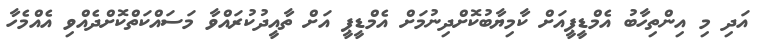
އަދި މި އިންތިހާބު އެމްޑީޕީއަށް ކާމިޔާބުކޮށްދިނުމަށް އެމްޑީޕީ އަށް ތާއީދުކުރައްވާ މަސައްކަތްކޮށްދެއްވި އެއްމެހާ